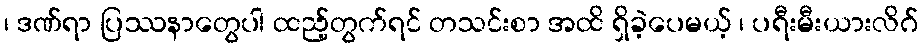
၊ ဒဏ်ရာ ပြဿနာတွေပါ ထည့်တွက်ရင် တသင်းစာ အထိ ရှိခဲ့ပေမယ့် ၊ ပရီးမီးယားလိဂ်